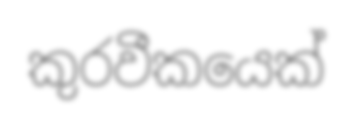
කුරවීකයෙක්